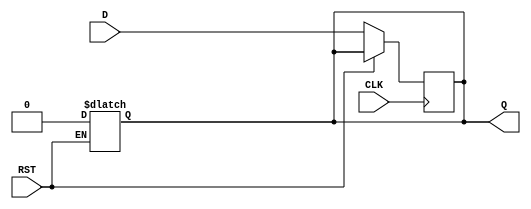
module IntermediateRegister (
    input wire D,          // Data input
    input wire CLK,        // Clock input
    input wire RST,        // Reset input (active high)
    output reg Q           // Data output
);

    // Asynchronous reset logic
    always @* begin
        if (RST) begin
            Q <= 1'b0;      // Set to predefined value (0) on reset
        end
    end

    // Clock edge detection and data capture
    always @(posedge CLK) begin
        if (!RST) begin
            Q <= D;         // Capture data on rising edge of CLK if not reset
        end
    end

endmodule